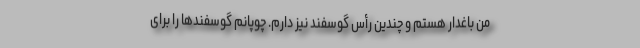
من باغدار هستم و چندین رأس گوسفند نیز دارم. چوپانم گوسفندها را برای